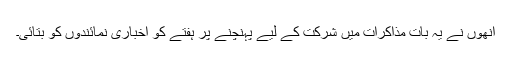
اُنھوں نے یہ بات مذاکرات میں شرکت کے لیے پہنچنے پر ہفتے کو اخباری نمائندوں کو بتائی۔